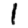
Digit: 1